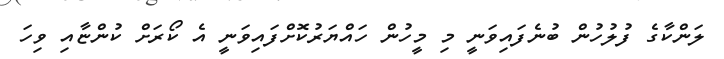
ލަންކާގެ ފުލުހުން ބުނެފައިވަނީ މި މީހުން ހައްޔަރުކޮށްފައިވަނީ އެ ކޯރަށް ކުންޏާއި ވިހަ